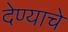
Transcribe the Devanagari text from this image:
देण्‍याचे